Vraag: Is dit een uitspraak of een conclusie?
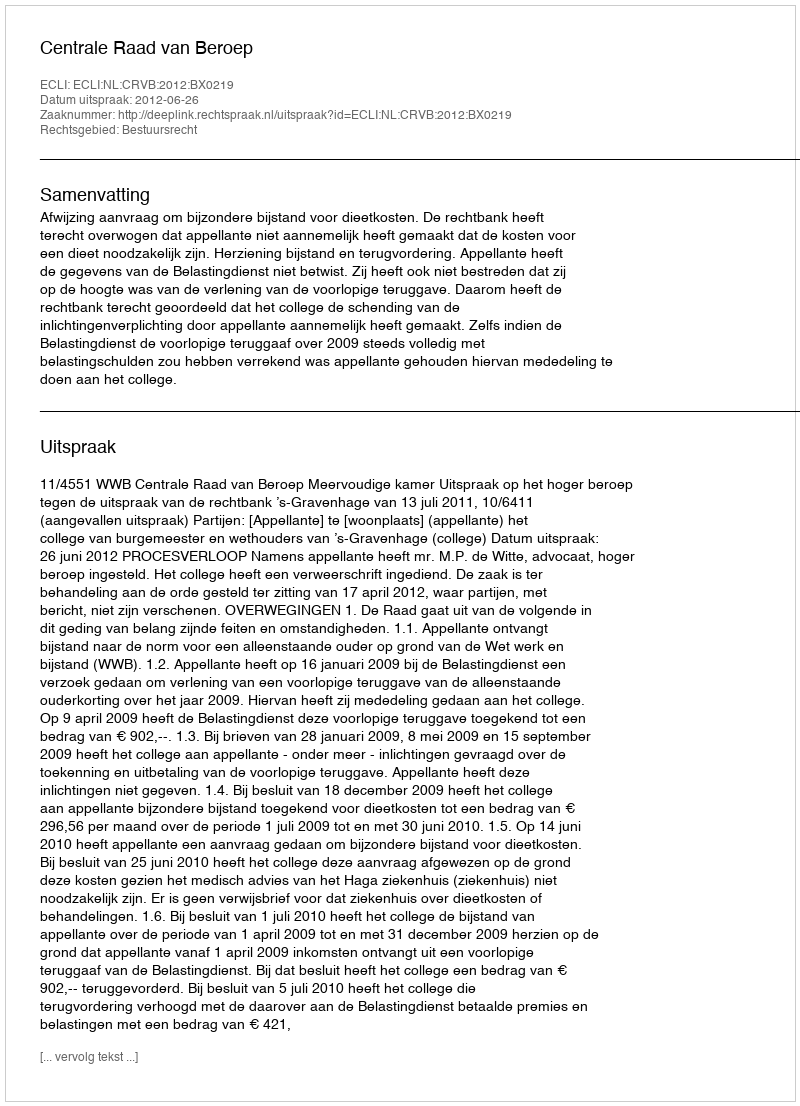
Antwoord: Uitspraak